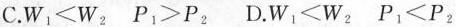
C.$$W_{1}<W_{2}$$ $$P_{1}>P_{2}$$ D.$$W_{1}<W_{2}$$ $$P_{1}<P_{2}$$